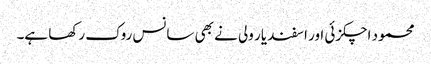
محمود اچکزئی اور اسفند یار ولی نے بھی سانس روک رکھا ہے۔